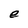
Character: e